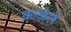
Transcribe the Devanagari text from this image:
काळेले